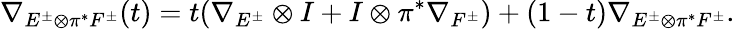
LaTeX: \nabla_{E^{\pm}\otimes\pi^{*}F^{\pm}}(t)=t(\nabla_{E^{\pm}}\otimes I+I\otimes\pi^{*}\nabla_{F^{\pm}})+(1-t)\nabla_{E^{\pm}\otimes\pi^{*}F^{\pm}}.